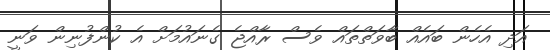
އަދި އެހެން ބައެއް ބާވަތްތައް ވެސް ރާއްޖެ ގެނައުމަށް އެ ކުންފުނިން ވަނީ